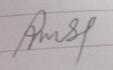
Signature authenticity: forged